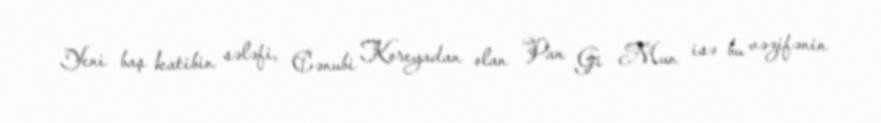
Yeni baş katibin sələfi, Cənubi Koreyadan olan Pan Gi Mun isə bu vəzifənin